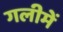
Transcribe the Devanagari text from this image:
गलीमें